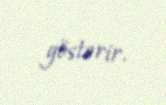
göstərir.